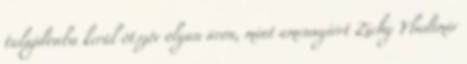
tulajdonba kerül ötször olyan áron, mint amennyiért Zichy Vladimir